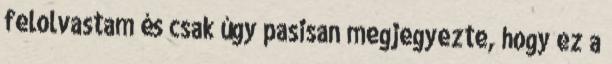
felolvastam és csak úgy pasisan megjegyezte, hogy ez a